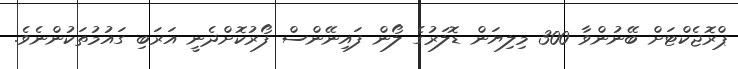
ޕްރޮޖެކްޓަށް ބޭނުންވާ 300 މިލިޔަން ޑޮލަރުގެ ލޯން ފައިނޭންސް ފޯރުކޮށްދެނީ އަރަބި ގައުމުތަކުންނެވެ.